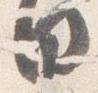
日